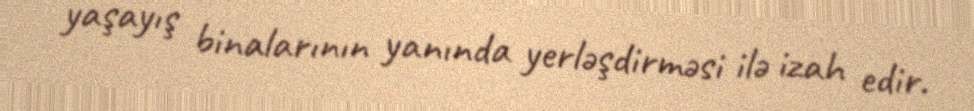
yaşayış binalarının yanında yerləşdirməsi ilə izah edir.